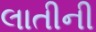
લાતીની